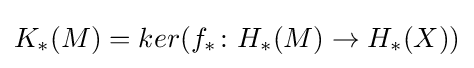
K_{*}(M)=ker(f_{*}\colon H_{*}(M)\to H_{*}(X))